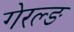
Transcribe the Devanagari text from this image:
गेरल्ङ